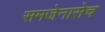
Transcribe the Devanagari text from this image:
समजेनासेच